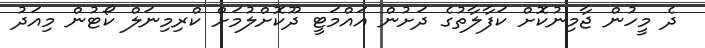
ދެ މީހުން ޖާމިނުކޮށް ކަފާލާތުގެ ދަށުން އައްމަޓީ ދޫކޮށްލުމަށް ކްރިމިނަލް ކޯޓުން މިއަދު